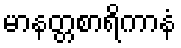
မာနတ္တစာရိကာနံ